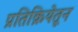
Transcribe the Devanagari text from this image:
प्रतिक्रियेतून